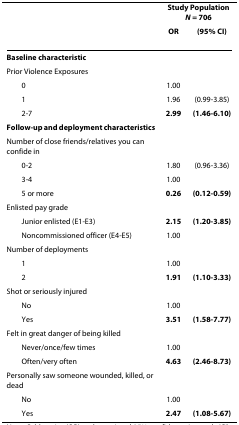
|  | <COLSPAN=2> Study PopulationN = 706 |
 |  | OR | (95% CI) |
 | --- | --- | --- |
 | Baseline characteristic |  |  |
 | Prior Violence Exposures |  |  |
 | 0 | 1.00 |  |
 | 1 | 1.96 | (0.99-3.85) |
 | 2-7 | 2.99 | (1.46-6.10) |
 | Follow-up and deployment characteristics |  |  |
 | Number of close friends/relatives you can confide in |  |  |
 | 0-2 | 1.80 | (0.96-3.36) |
 | 3-4 | 1.00 |  |
 | 5 or more | 0.26 | (0.12-0.59) |
 | Enlisted pay grade |  |  |
 | Junior enlisted (E1-E3) | 2.15 | (1.20-3.85) |
 | Noncommissioned officer (E4-E5) | 1.00 |  |
 | Number of deployments |  |  |
 | 1 | 1.00 |  |
 | 2 | 1.91 | (1.10-3.33) |
 | Shot or seriously injured |  |  |
 | No | 1.00 |  |
 | Yes | 3.51 | (1.58-7.77) |
 | Felt in great danger of being killed |  |  |
 | Never/once/few times | 1.00 |  |
 | Often/very often | 4.63 | (2.46-8.73) |
 | Personally saw someone wounded, killed, or dead |  |  |
 | No | 1.00 |  |
 | Yes | 2.47 | (1.08-5.67) |